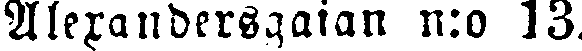
Alexandersgatan n:o 13.